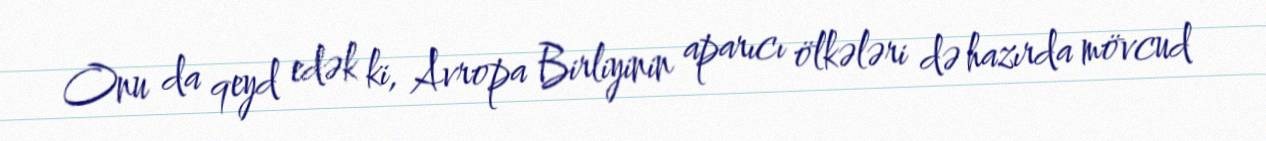
Onu da qeyd edək ki, Avropa Birliyinin aparıcı ölkələri də hazırda mövcud